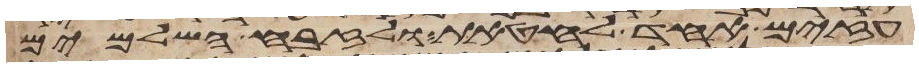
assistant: עזים אחד לחטאת ולזבח השלמים